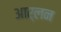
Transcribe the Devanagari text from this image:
आर्लन